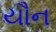
યૌન